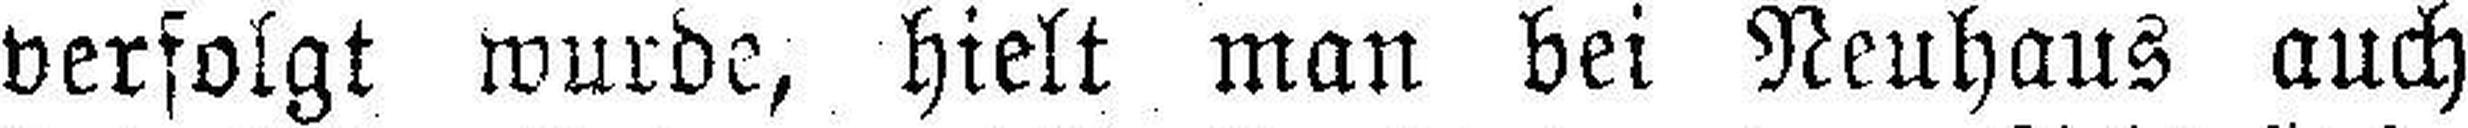
verfolgt wurde, hielt man bei Neuhaus auch